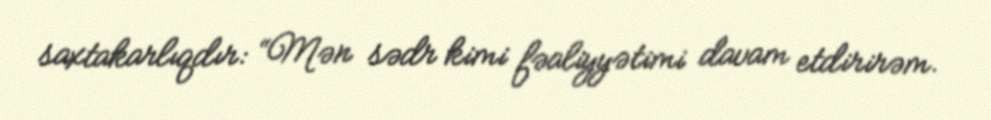
saxtakarlıqdır: “Mən sədr kimi fəaliyyətimi davam etdirirəm.